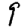
Digit: 9